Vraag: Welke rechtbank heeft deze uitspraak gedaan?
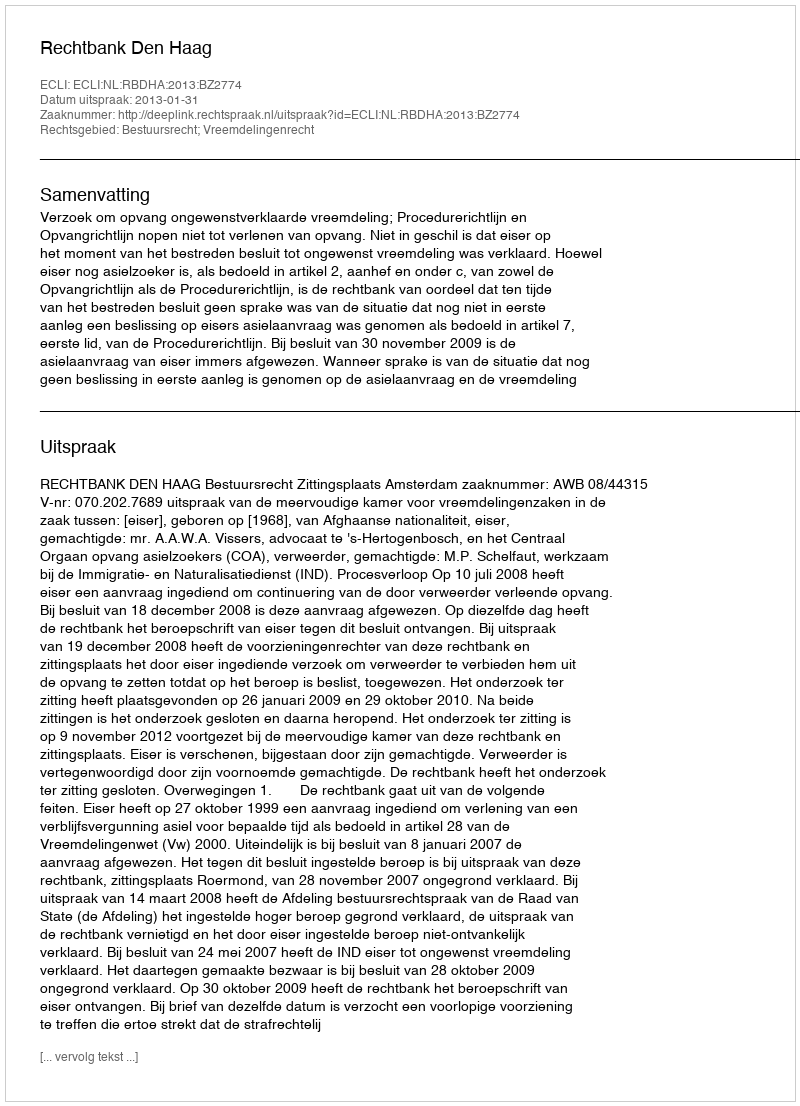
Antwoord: Rechtbank Den Haag